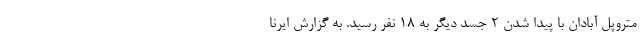
متروپل آبادان با پیدا شدن ۲ جسد دیگر به ۱۸ نفر رسید. به گزارش ایرنا